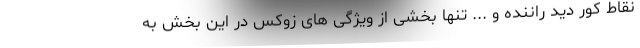
نقاط کور دید راننده و ... تنها بخشی از ویژگی های زوکس در این بخش به